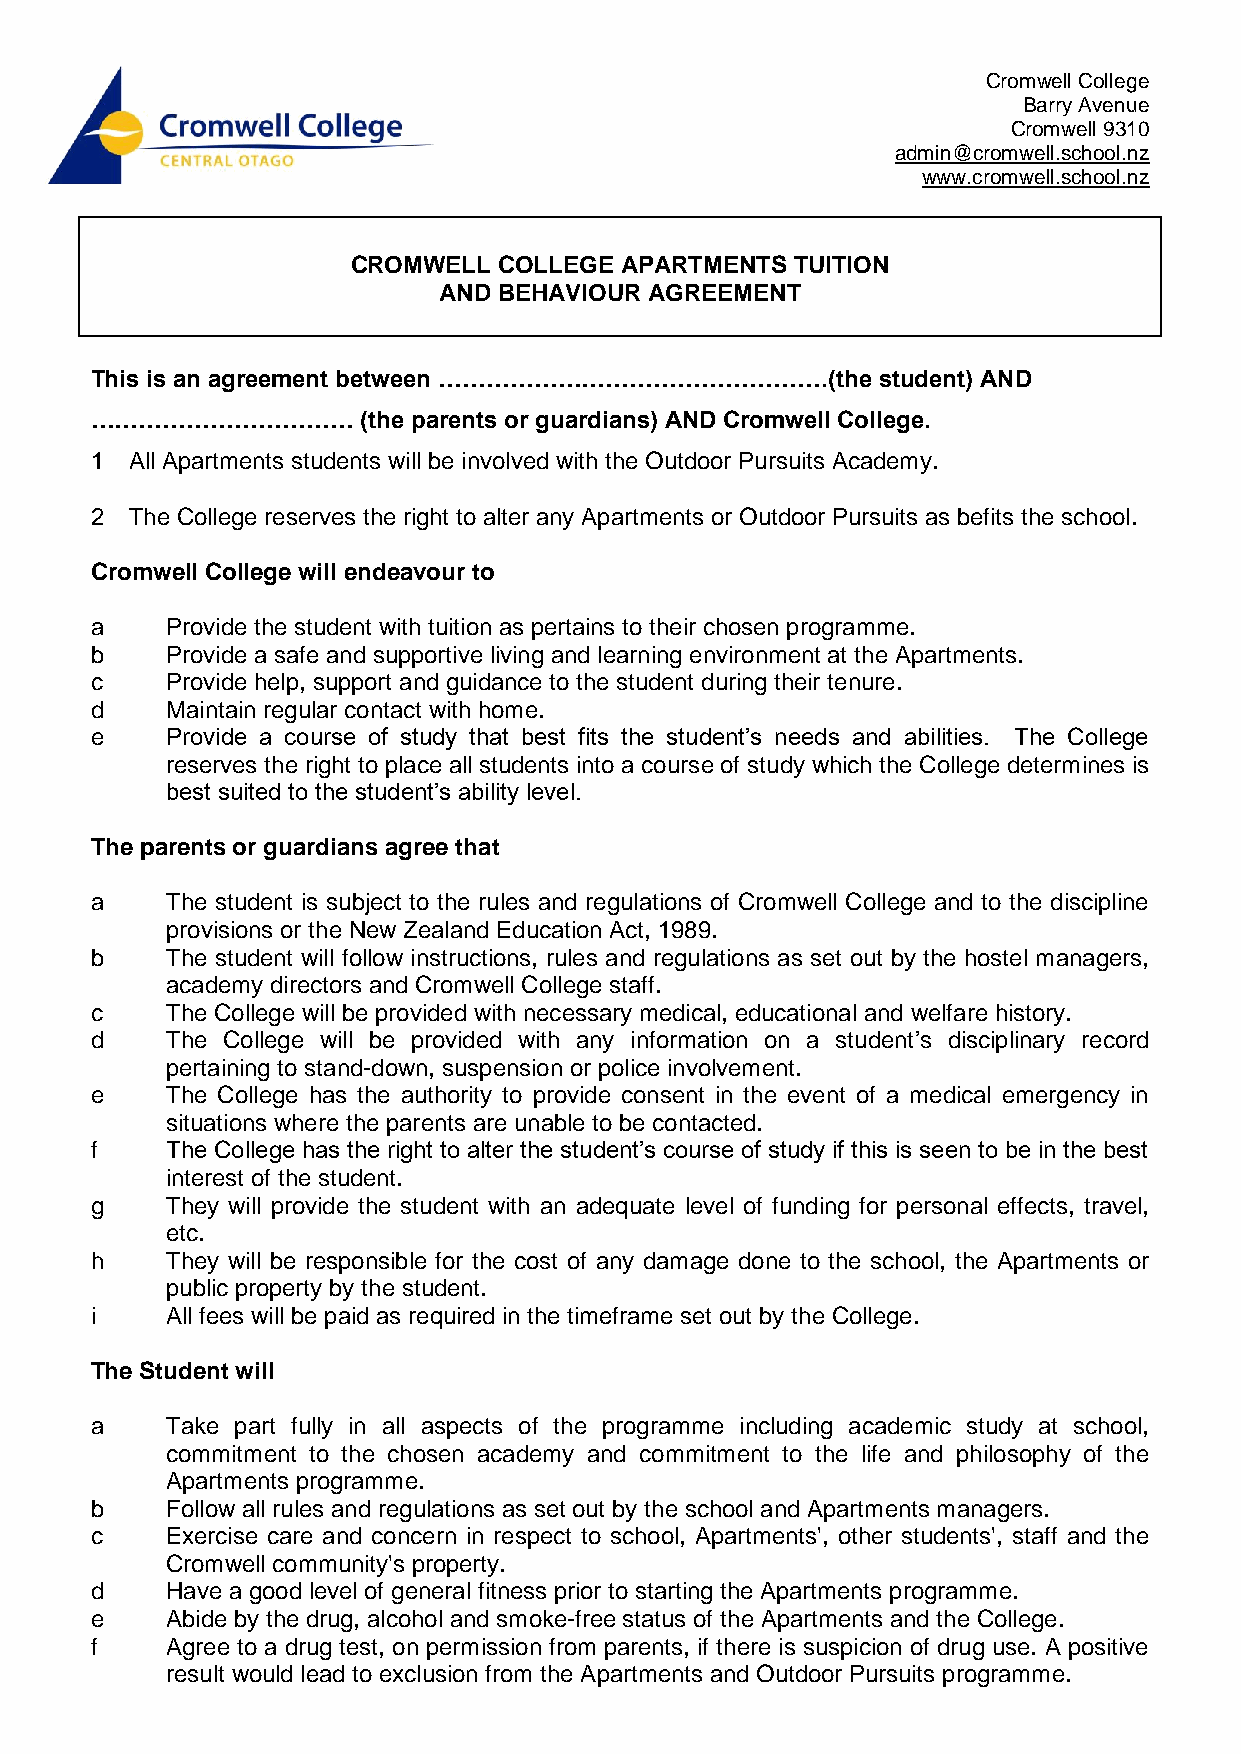
Cromwell College
 Barry Avenue
 Cromwell 9310
 admin@cromwell.school.nz
 www.cromwell.school.nz
 CROMWELL  COLLEGE APARTMENTS  TUITION
 AND BEHAVIOUR AGREEMENT
 This is an agreement between ………………………………………….(the  student) AND
 ……………………………       (the parents or guardians) AND Cromwell College.
 1  All Apartments students will be involved with the Outdoor Pursuits Academy.
 2  The College reserves the right to alter any Apartments or Outdoor Pursuits as befits the school.
 Cromwell College will endeavour to
 a    Provide the student with tuition as pertains to their chosen programme.
 b    Provide a safe and supportive living and learning environment at the Apartments.
 c    Provide help, support and guidance to the student during their tenure.
 d    Maintain regular contact with home.
 e    Provide a course of study that best fits the student’s needs and abilities. The College
 reserves the right to place all students into a course of study which the College determines is
 best suited to the student’s ability level.
 The parents or guardians agree that
 a    The student is subject to the rules and regulations of Cromwell College and to the discipline
 provisions or the New Zealand Education Act, 1989.
 b    The student will follow instructions, rules and regulations as set out by the hostel managers,
 academy directors and Cromwell College staff.
 c    The College will be provided with necessary medical, educational and welfare history.
 d    The College will be provided with any information on a student’s disciplinary record
 pertaining to stand-down, suspension or police involvement.
 e    The College has the authority to provide consent in the event of a medical emergency in
 situations where the parents are unable to be contacted.
 f    The College has the right to alter the student’s course of study if this is seen to be in the best
 interest of the student.
 g    They will provide the student with an adequate level of funding for personal effects, travel,
 etc.
 h    They will be responsible for the cost of any damage done to the school, the Apartments or
 public property by the student.
 i    All fees will be paid as required in the timeframe set out by the College.
 The Student will
 a    Take part fully in all aspects of the programme including academic study at school,
 commitment to the chosen academy and commitment to the life and philosophy of the
 Apartments programme.
 b    Follow all rules and regulations as set out by the school and Apartments managers.
 c    Exercise care and concern in respect to school, Apartments', other students', staff and the
 Cromwell community's property.
 d    Have a good level of general fitness prior to starting the Apartments programme.
 e    Abide by the drug, alcohol and smoke-free status of the Apartments and the College.
 f    Agree to a drug test, on permission from parents, if there is suspicion of drug use. A positive
 result would lead to exclusion from the Apartments and Outdoor Pursuits programme.